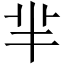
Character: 芈